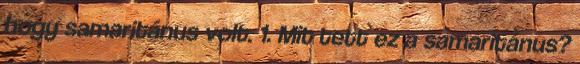
hogy samaritánus volt. 1. Mit tett ez a samaritánus?